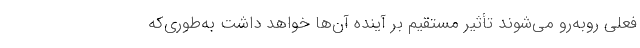
فعلی روبه‌رو می‌شوند تأثیر مستقیم بر آینده آن‌ها خواهد داشت به‌طوری‌که